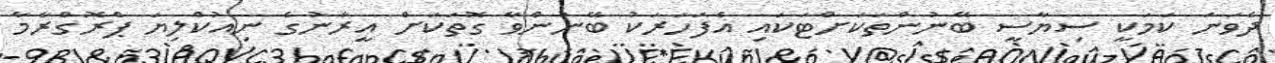
ދެވަނަ ކަމަކީ ސިޔާސީ ބޭނުންތަކަށްޓަކައި އެފަހަރަކު ބޭނުންވާ ގޮތަކަށް އީރާނުގެ ނިއުކްލިޔަ ޕްރޮގްރާމާ